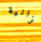
الزانية